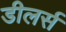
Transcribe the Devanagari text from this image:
डीलर्स